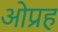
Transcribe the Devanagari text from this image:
ओप्रह